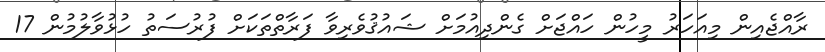
ރާއްޖެއިން މިއަހަރު މީހުން ހައްޖަށް ގެންދިއުމަށް ޝައުޤުވެރިވާ ފަރާތްތަކަށް ފުރުސަތު ހުޅުވާލުމުން 17